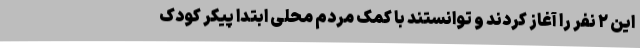
این ۲ نفر را آغاز کردند و توانستند با کمک مردم محلی ابتدا پیکر کودک